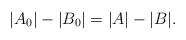
LaTeX: \begin{align*} |A_0| - |B_0| = |A|-|B|.\end{align*}